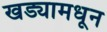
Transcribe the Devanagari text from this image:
खड्यामधून